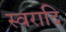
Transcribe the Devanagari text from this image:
स्वरादि